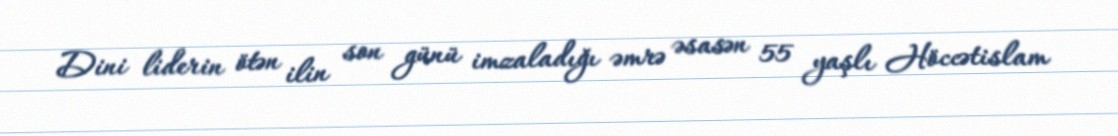
Dini liderin ötən ilin son günü imzaladığı əmrə əsasən 55 yaşlı Höccətislam